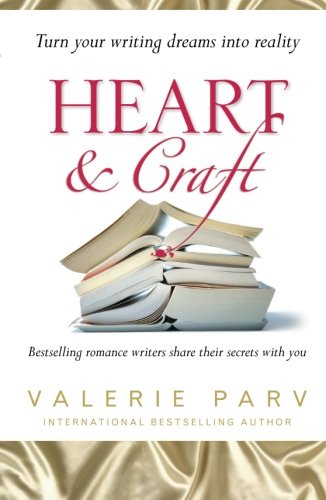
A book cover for Heart & Craft: Bestselling Romance Writers Share their Secrets with You; Romance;